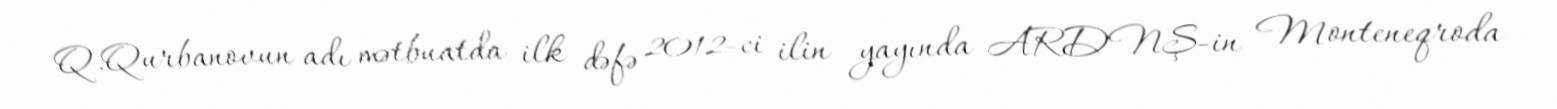
Q.Qurbanovun adı mətbuatda ilk dəfə 2012-ci ilin yayında ARDNŞ-in Monteneqroda